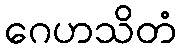
ဂေဟသိတံ